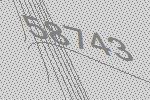
58743